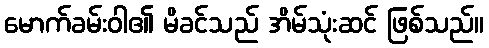
မောက်ခမ်းဝါ၏ မိခင်သည် အိမ်သုံးဆင် ဖြစ်သည်။